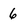
Character: 6